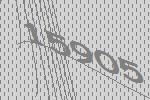
15905